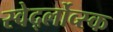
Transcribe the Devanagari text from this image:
स्वेर्द्लोव्स्क